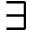
\exists